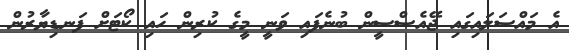
އެ މައްސަލައިގައި ޖޭއެސްސީން ބުނެފައި ވަނީ މީގެ ކުރިން ހައި ކޯޓަށް ފަނޑިޔާރުން